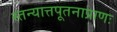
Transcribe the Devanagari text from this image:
स्तन्यात्तपूतनाप्राणः